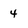
Character: 4